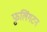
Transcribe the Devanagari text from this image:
फुलिंगटन